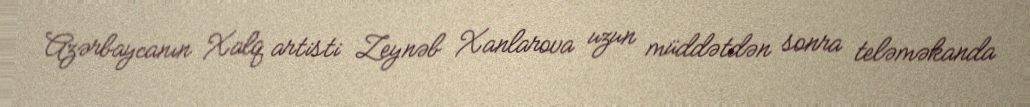
Azərbaycanın Xalq artisti Zeynəb Xanlarova uzun müddətdən sonra teləməkanda